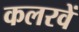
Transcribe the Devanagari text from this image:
कलरवें